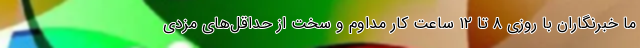
ما خبرنگاران با روزی ۸ تا ۱۲ ساعت کار مداوم و سخت از حداقل‌های مزدی